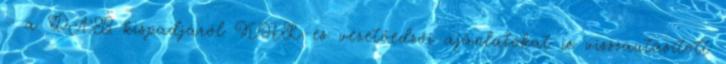
– a DAB kispadjáról KHL-es vezetőedzői ajánlatokat is visszautasított